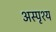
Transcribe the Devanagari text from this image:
अस्‍पृश्य